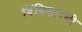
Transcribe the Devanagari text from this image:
बिंबिसारशी